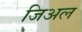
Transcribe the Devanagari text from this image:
जिअल